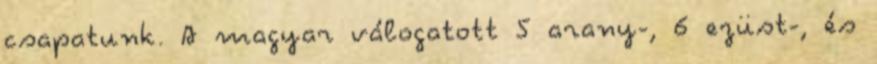
csapatunk. A magyar válogatott 5 arany-, 6 ezüst-, és